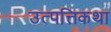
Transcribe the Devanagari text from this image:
उत्पत्तिकथा